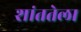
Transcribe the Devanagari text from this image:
शांततेला